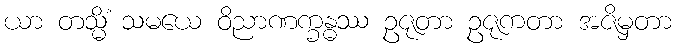
ယာ တသ္မိံ သမယေ ဝိညာဏက္ခန္ဓဿ ဥဇုတာ ဥဇုကတာ အဇိမှတာ